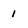
Character: 1